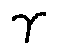
\gamma